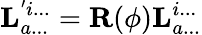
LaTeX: \mathbf{L}_{a...}^{'i...}=\mathbf{R}(\phi)\mathbf{L}_{a...}^{i...}